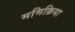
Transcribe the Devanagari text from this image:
ममिक्रिया